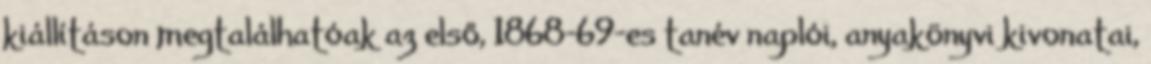
kiállításon megtalálhatóak az első, 1868-69-es tanév naplói, anyakönyvi kivonatai,